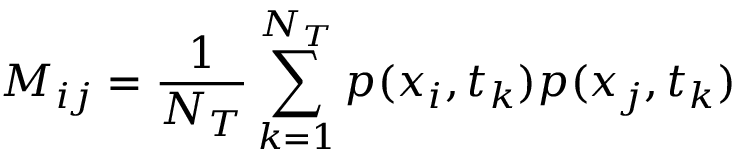
M _ { i j } = \frac { 1 } { N _ { T } } \sum _ { k = 1 } ^ { N _ { T } } p ( x _ { i } , t _ { k } ) p ( x _ { j } , t _ { k } )